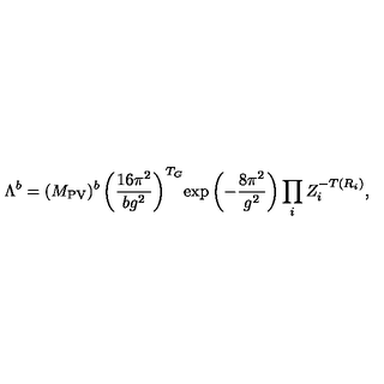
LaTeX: \Lambda ^ { b } = ( M _ { \mathrm { P V } } ) ^ { b } \left( \frac { 1 6 \pi ^ { 2 } } { b g ^ { 2 } } \right) ^ { T _ { G } } \! \exp \left( - \frac { 8 \pi ^ { 2 } } { g ^ { 2 } } \right) \prod _ { i } Z _ { i } ^ { - T ( R _ { i } ) } ,